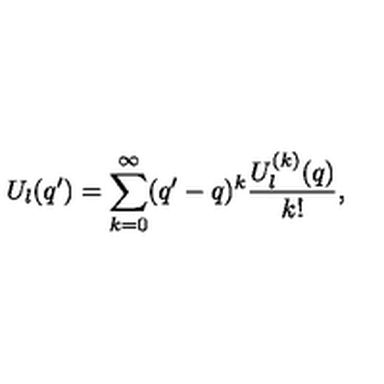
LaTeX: U _ { l } ( q ^ { \prime } ) = \sum _ { k = 0 } ^ { \infty } ( q ^ { \prime } - q ) ^ { k } \frac { U _ { l } ^ { ( k ) } ( q ) } { k ! } ,